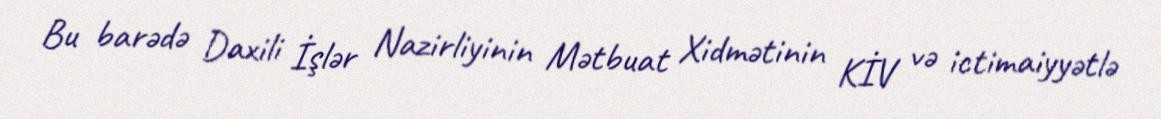
Bu barədə Daxili İşlər Nazirliyinin Mətbuat Xidmətinin KİV və ictimaiyyətlə